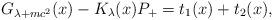
LaTeX: \begin{align*} G_{\lambda + m c^2}(x) - K_\lambda(x) P_+ = t_1(x) + t_2(x), \end{align*}